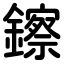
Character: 鑔